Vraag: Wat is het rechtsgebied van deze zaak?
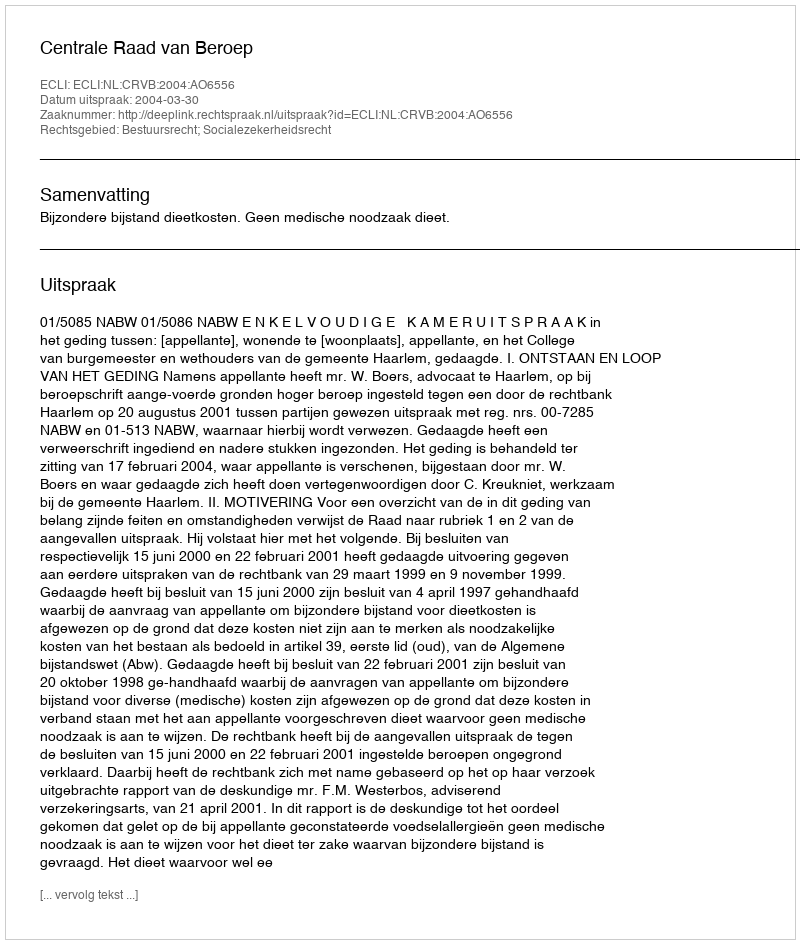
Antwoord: Bestuursrecht; Socialezekerheidsrecht